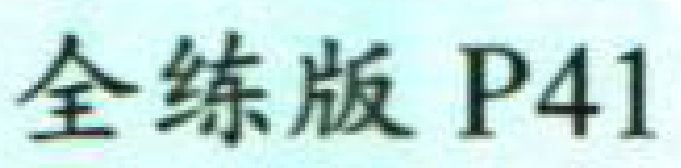
全练版 P41